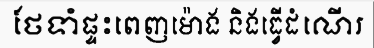
ថែទាំផ្ទះពេញម៉ោង និងធ្វើដំណើរ